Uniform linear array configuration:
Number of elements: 8
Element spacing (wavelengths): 0.75
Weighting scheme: hamming
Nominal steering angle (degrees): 0
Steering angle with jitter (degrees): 0.8216
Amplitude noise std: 0.05
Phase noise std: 0.05

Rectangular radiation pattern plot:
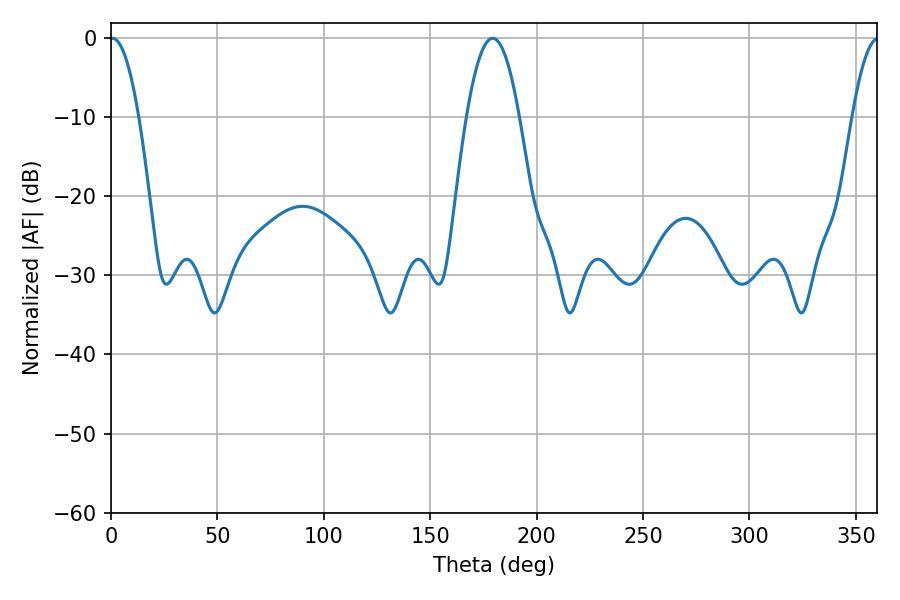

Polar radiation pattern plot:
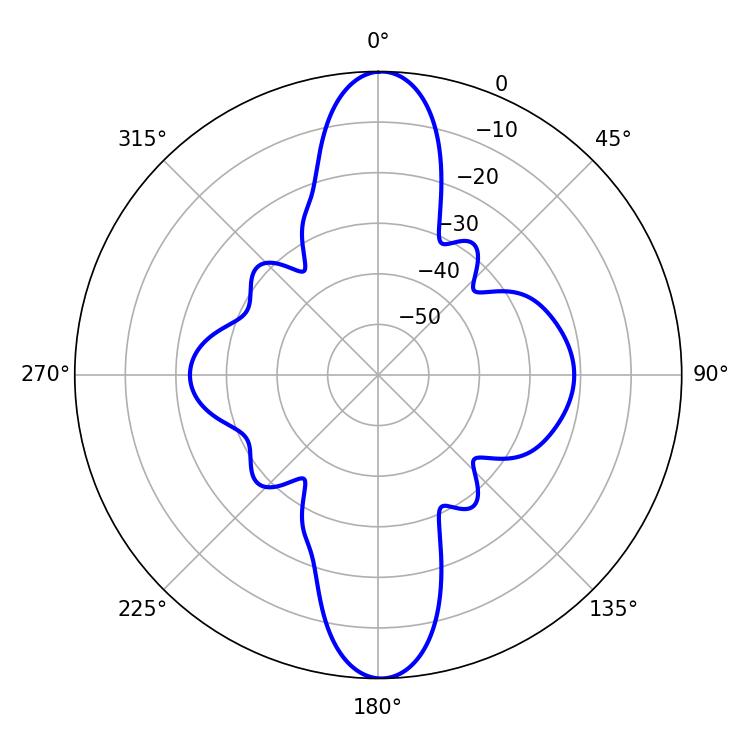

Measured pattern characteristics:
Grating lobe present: TRUE
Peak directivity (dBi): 24.467
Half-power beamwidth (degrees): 7.38
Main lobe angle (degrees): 0.72